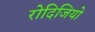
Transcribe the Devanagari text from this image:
रोदिजियो